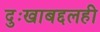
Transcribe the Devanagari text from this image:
दुःखाबद्दलही